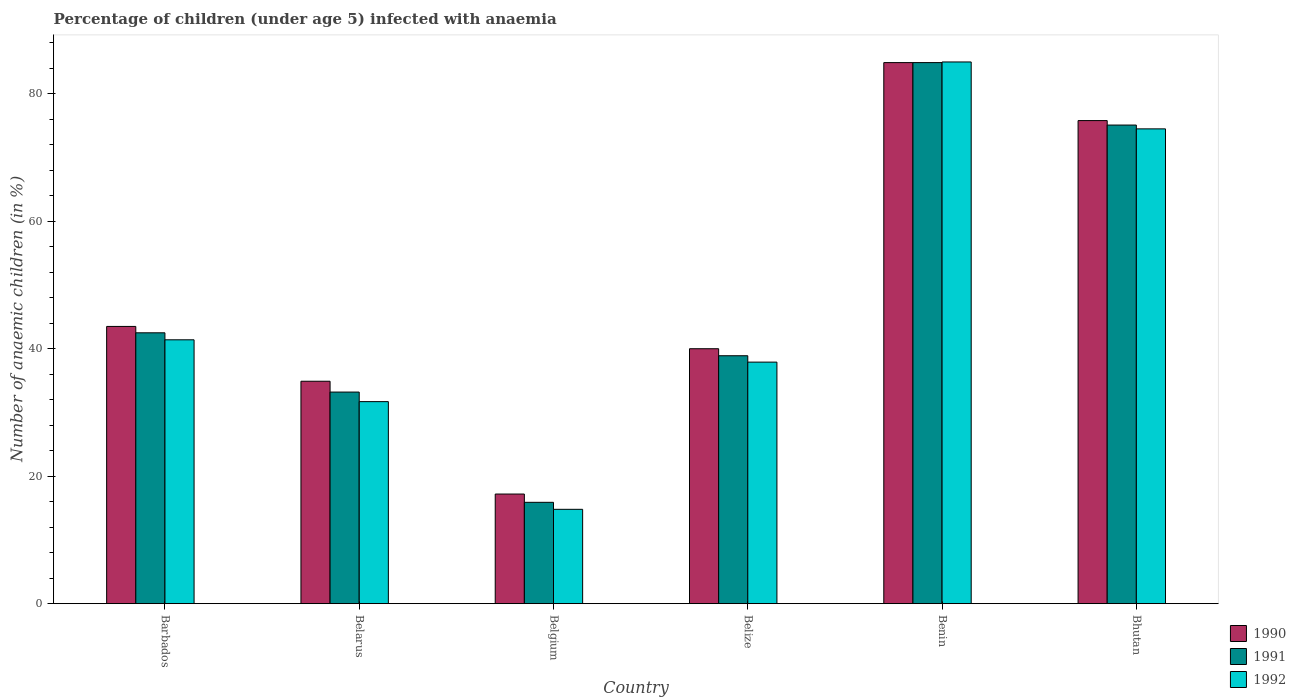
| Country | 1990 | 1991 | 1992 |
 | --- | --- | --- | --- |
 | Barbados | 43.5 | 42.5 | 41.4 |
 | Belarus | 34.9 | 33.2 | 31.7 |
 | Belgium | 17.2 | 15.9 | 14.8 |
 | Belize | 40 | 38.9 | 37.9 |
 | Benin | 84.9 | 84.9 | 85 |
 | Bhutan | 75.8 | 75.1 | 74.5 |